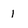
Character: 1